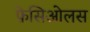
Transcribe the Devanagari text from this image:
फ़ेसिओलस